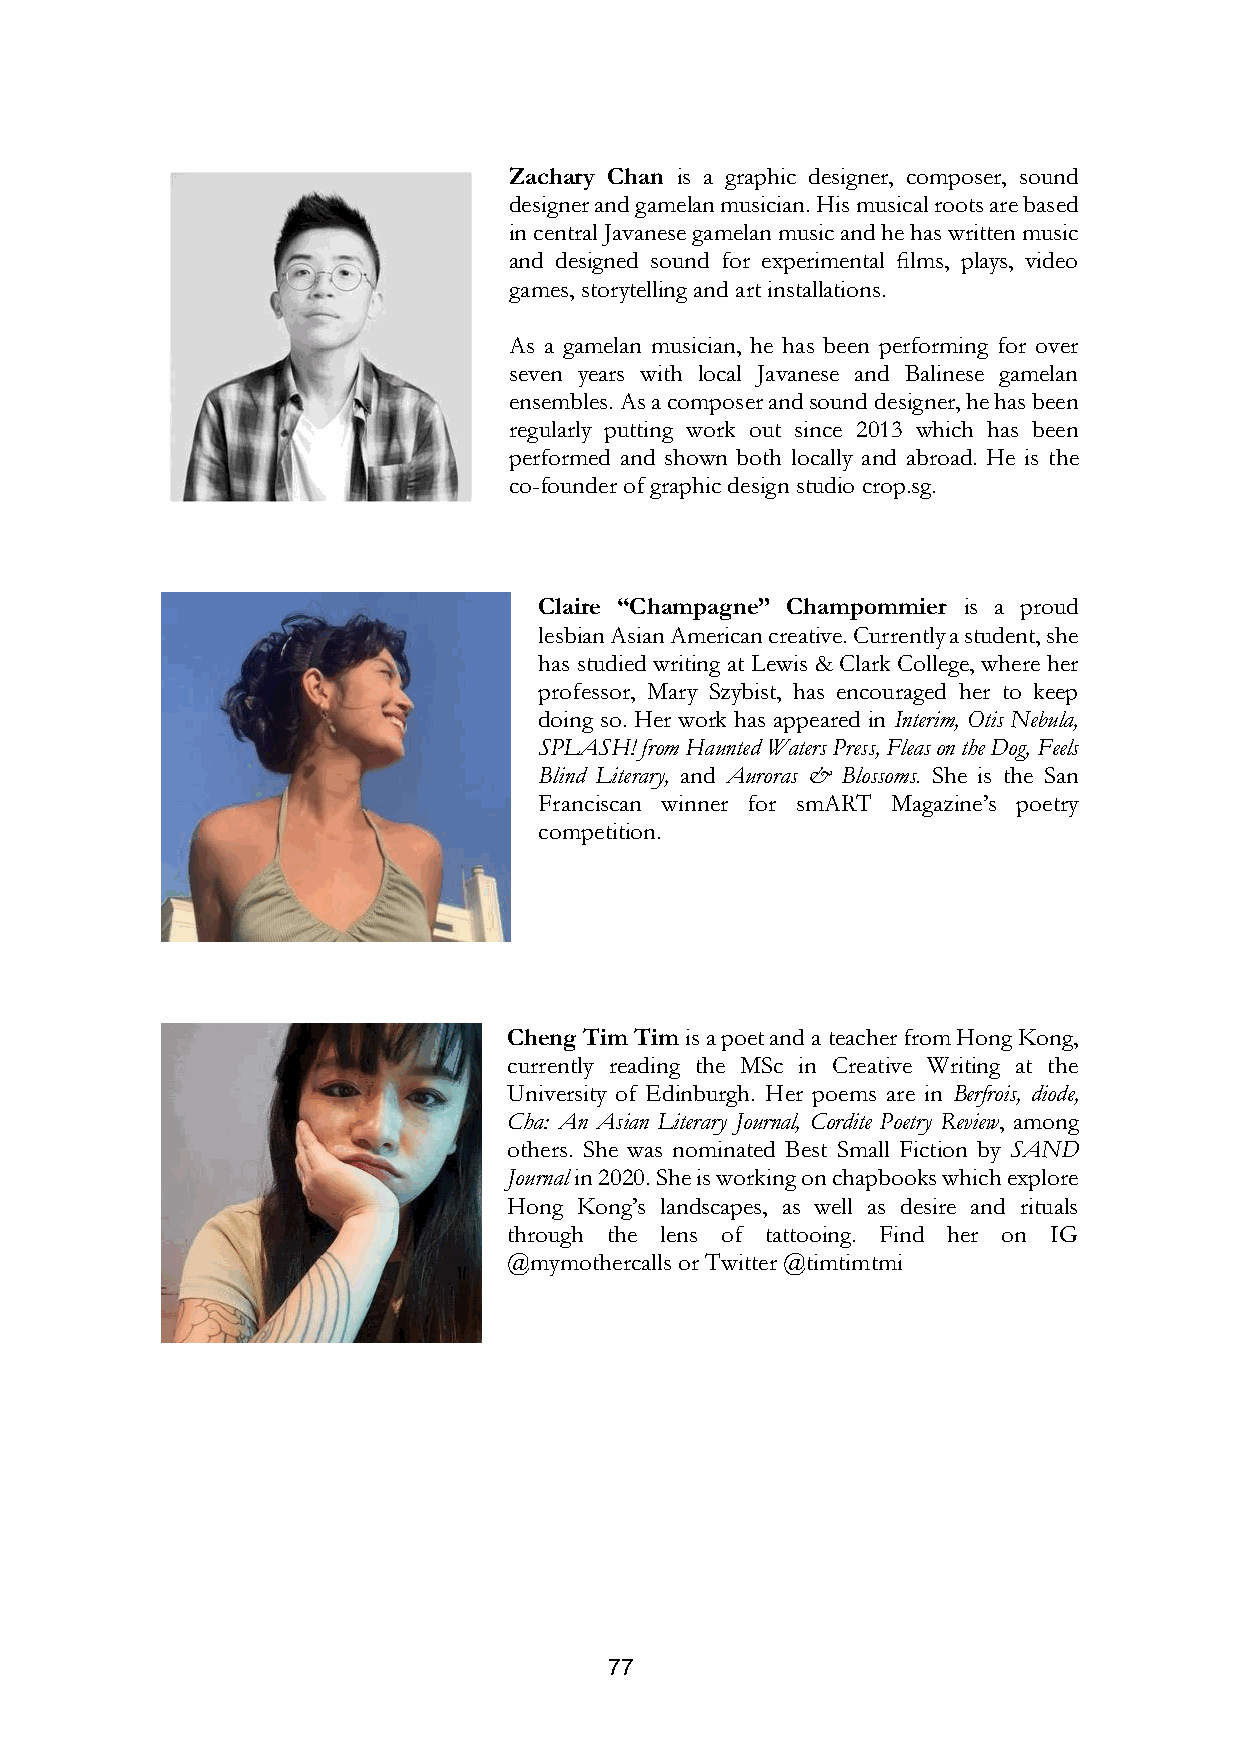
Zachary Chan is a graphic designer, composer, sound
 designer and gamelan musician. His musical roots are based
 in central Javanese gamelan music and he has written music
 and designed sound for experimental films, plays, video
 games, storytelling and art installations.
 As a gamelan musician, he has been performing for over
 seven years with local Javanese and Balinese gamelan
 ensembles. As a composer and sound designer, he has been
 regularly putting work out since 2013 which has been
 performed and shown both locally and abroad. He is the
 co-founder of graphic design studio crop.sg.
 Claire “Champagne” Champommier is a proud
 lesbian Asian American creative. Currently a student, she
 has studied writing at Lewis & Clark College, where her
 professor, Mary Szybist, has encouraged her to keep
 doing so. Her work has appeared in Interim, Otis Nebula,
 SPLASH! from Haunted Waters Press, Fleas on the Dog, Feels
 Blind Literary, and Auroras & Blossoms. She is the San
 Franciscan winner for smART Magazine’s poetry
 competition.
 Cheng Tim Tim is a poet and a teacher from Hong Kong,
 currently reading the MSc in Creative Writing at the
 University of Edinburgh. Her poems are in Berfrois, diode,
 Cha: An Asian Literary Journal, Cordite Poetry Review, among
 others. She was nominated Best Small Fiction by SAND
 Journal in 2020. She is working on chapbooks which explore
 Hong Kong’s landscapes, as well as desire and rituals
 through the lens of tattooing. Find her on IG
 @mymothercalls or Twitter @timtimtmi
 77